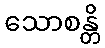
သောစန္တိ